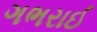
ગભરાઈ